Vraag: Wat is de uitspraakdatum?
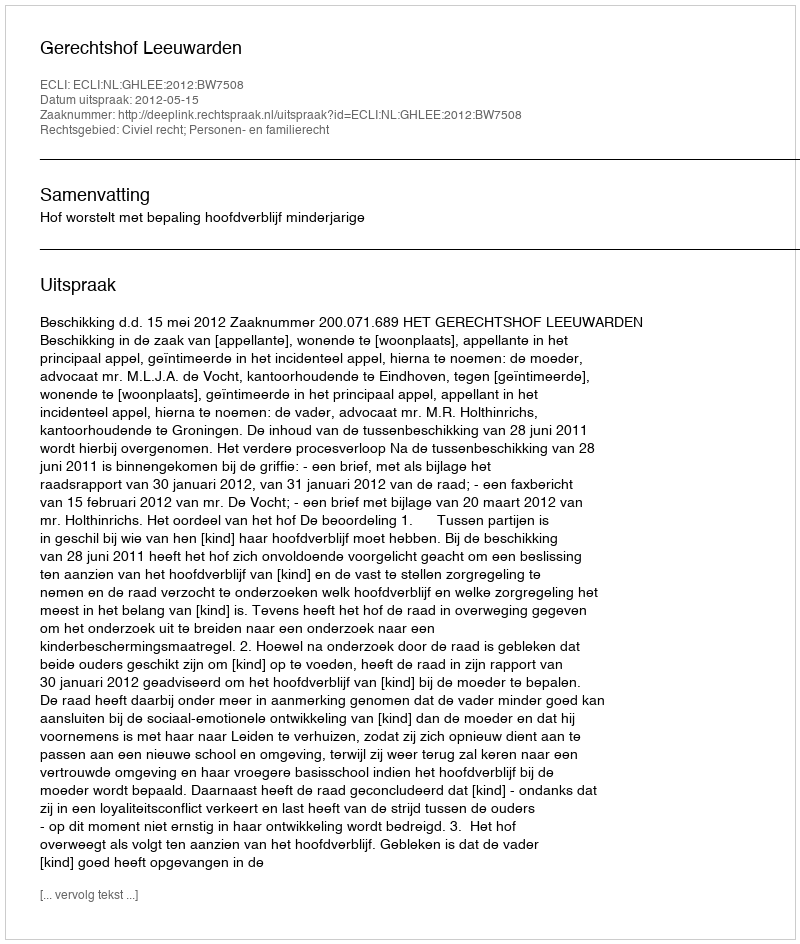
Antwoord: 2012-05-15